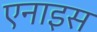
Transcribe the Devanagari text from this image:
एनाइस